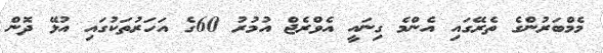
މެމްބަރުންގެ ތެރޭގައި އެންމެ ގިނައީ އެވްރެޖް އުމުރު 60ގެ އަހަރުތަކުގައި އުޅޭ ދޮން